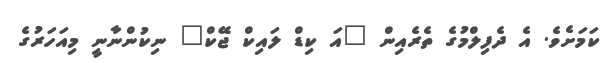
ކަމަށެވެ. އެ ދެފިލްމުގެ ތެރެއިން "އަ ކިޑް ލައިކް ޖޭކް" ނިކުންނާނީ މިއަހަރުގެ